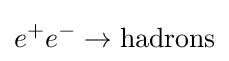
e^{+}e^{-}\to {\text{hadrons}}